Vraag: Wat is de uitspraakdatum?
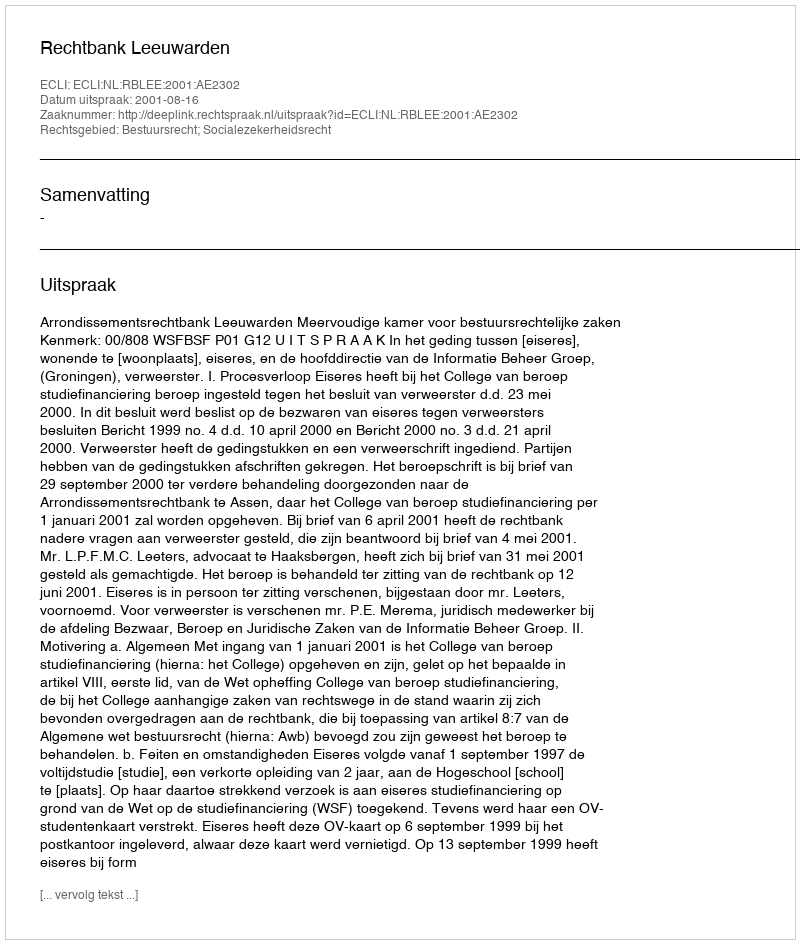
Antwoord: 2001-08-16